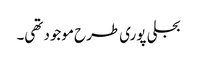
بجلی پوری طرح موجود تھی۔